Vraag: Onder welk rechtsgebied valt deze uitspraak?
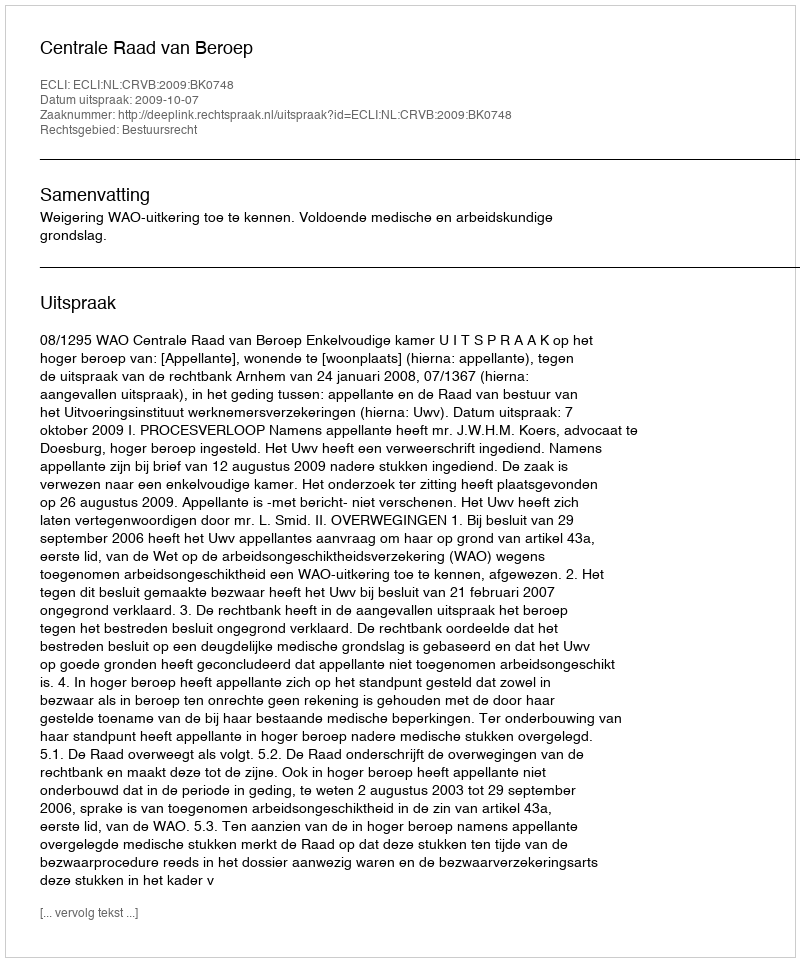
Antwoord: Bestuursrecht